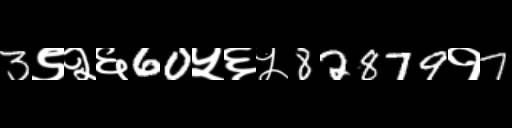
Text: 3९२६60५६५82879१7